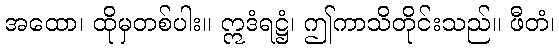
အထော၊ ထိုမှတစ်ပါး။ ဣဒံရဋ္ဌံ၊ ဤကာသိတိုင်းသည်။ ဖီတံ၊